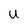
Character: U